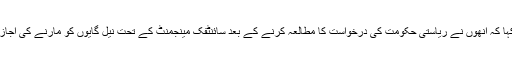
انھوں نے کہا کہ انھوں نے ریاستی حکومت کی درخواست کا مطالعہ کرنے کے بعد سائنٹفک مینجمنٹ کے تحت نیل گایوں کو مارنے کی اجازت دی ہے۔